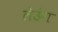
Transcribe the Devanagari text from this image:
लेउंग